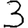
Digit: 3